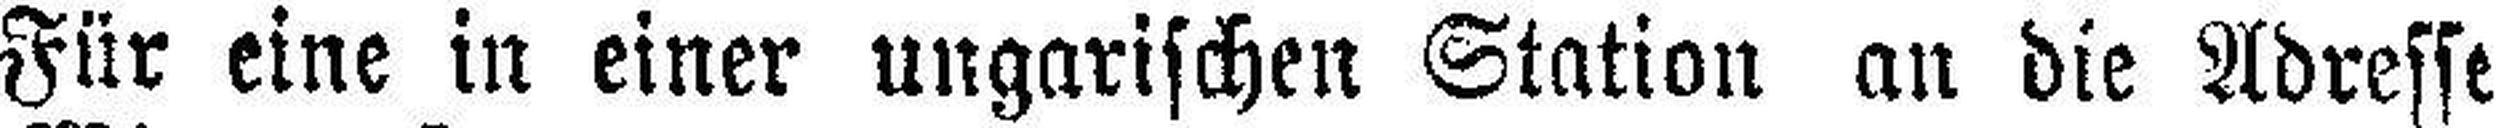
Für eine in einer ungarischen Station an die Adresse